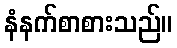
နံနက်စာစားသည်။